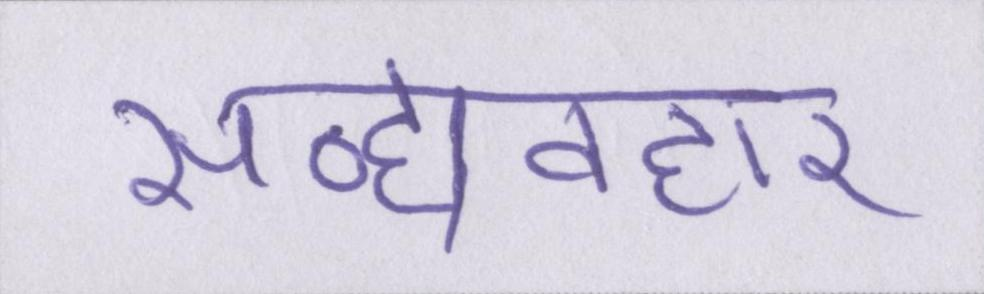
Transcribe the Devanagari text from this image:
सद्व्यवहार